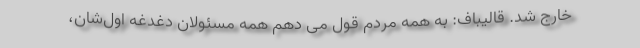
خارج شد. قالیباف: به همه مردم قول می دهم همه مسئولان دغدغه اول‌شان،